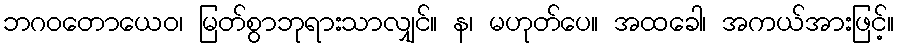
ဘဂဝတောယေဝ၊ မြတ်စွာဘုရားသာလျှင်။ န၊ မဟုတ်ပေ။ အထခေါ၊ အကယ်အားဖြင့်။